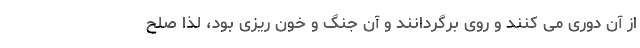
از آن دوری می کنند و روی برگردانند و آن جنگ و خون ریزی بود، لذا صلح